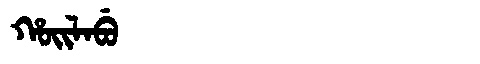
Manchu: ᡥᠣᡳᠯᠠᠪᡠ
Romanization: HOILABU